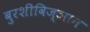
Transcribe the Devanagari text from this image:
बुरशीविज्ञान